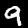
Label: 9